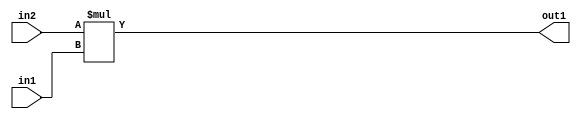
`timescale 1ps / 1ps
/*****************************************************************************
    Verilog RTL Description
    
    
    Created by: Stratus DpOpt 2019.1.01 
*******************************************************************************/

module DC_Filter_Mul_9Ux2U_11U_4 (
	in2,
	in1,
	out1
	); /* architecture "behavioural" */ 
input [8:0] in2;
input [1:0] in1;
output [10:0] out1;
wire [10:0] asc001;

assign asc001 = 
	+(in2 * in1);

assign out1 = asc001;
endmodule

/* CADENCE  ubD1Qww= : u9/ySgnWtBlWxVPRXgAZ4Og= ** DO NOT EDIT THIS LINE ******/